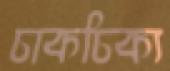
চাকচিক্য